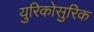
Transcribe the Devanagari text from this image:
युरिकोसुरिक